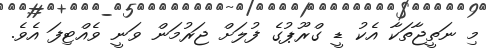
މި ނަތީޖާތަކާ އެކު ޑީ ގްރޫޕުގެ ފުލަށް ޖަރުމަން ވަނީ ވެއްޓިފަ އެވެ.